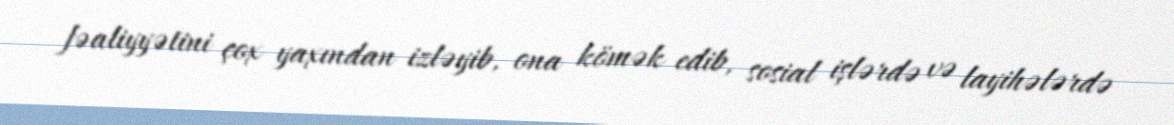
fəaliyyətini çox yaxından izləyib, ona kömək edib, sosial işlərdə və layihələrdə